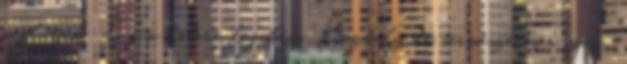
meglátjuk. Ez a háború logikája. Közhely, de természetesen igaz: